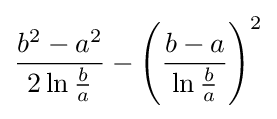
{\frac {b^{2}-a^{2}}{2\ln {\frac {b}{a}}}}-\left({\frac {b-a}{\ln {\frac {b}{a}}}}\right)^{2}